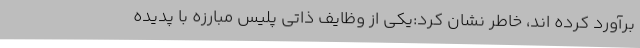
برآورد کرده اند، خاطر نشان کرد:یکی از وظایف ذاتی پلیس مبارزه با پدیده